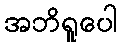
အဘိရူပေါ